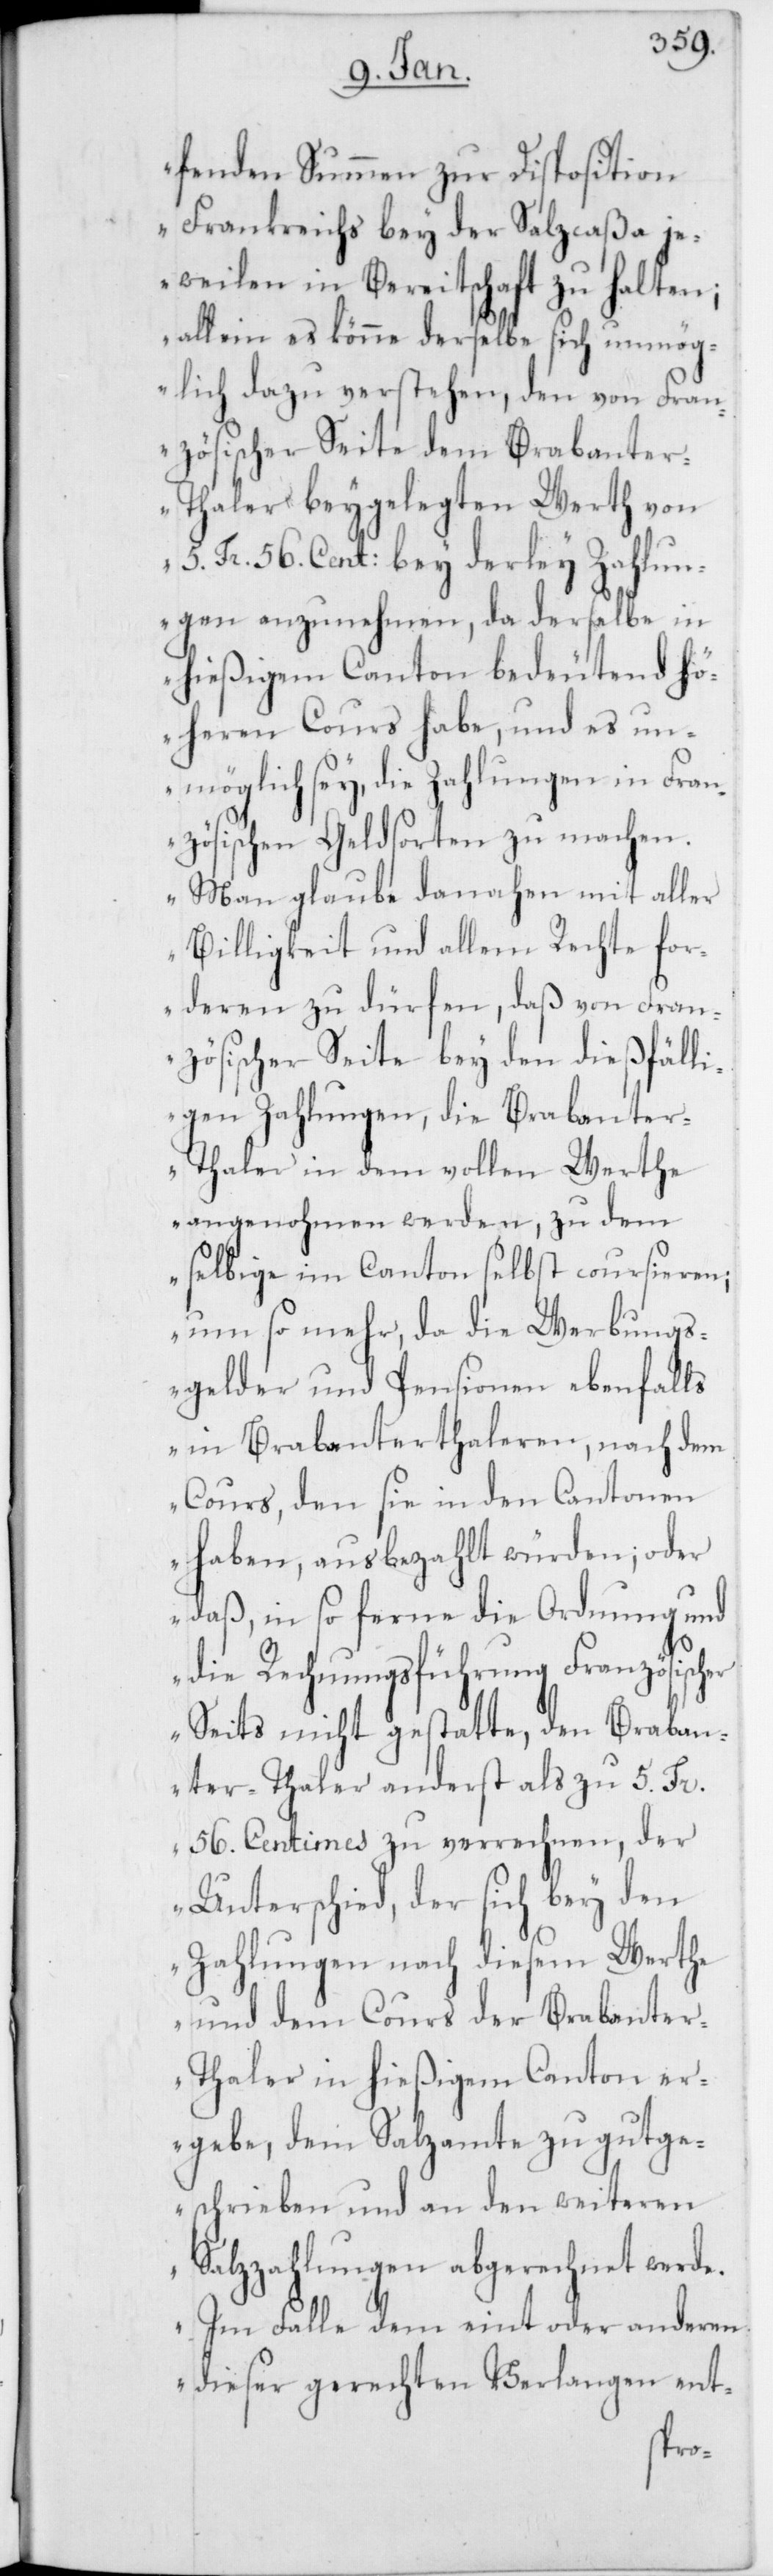
fenden Summen zur Disposition
Frankreichs bey der Salzcaßa je¬
weilen in Bereitschaft zu halten;
allein es könne derselbe sich unmög¬
lich dazu verstehen, den von Fran¬
zösischer Seite dem Brabante¬
r-Thaler beygelegten Wert von
5. Fr. 56. Cent: bey derley Zahlun¬
gen anzunehmen, da derselbe in
hießigem Canton bedeutend hö¬
heren Cours habe, und es un¬
möglich sey, die Zahlungen in Fran¬
zösischen Geldsorten zu machen.
Man glaube danahen mit aller
Billigkeit und allem Rechte for¬
deren zu dürfen, daß von Fran¬
zösischer Seite bey den dießfälli¬
gen Zahlungen, die Brabante¬
r-Thaler in dem vollen Werthe
angenohmen werden, zu dem
selbige im Canton selbst coursieren;
um so mehr, da die Werbungs¬
gelder und Pensionen ebenfalls
in Brabanterthaleren, nach dem
Cours, den sie in den Cantonen
haben, ausbezahlt würden; oder
daß, in so ferne die Ordnung und
die Rechnungsführung Französischer
Seits nicht gestatte, den Braban¬
ter-Thaler anderst als zu 5. Fr.
56. Centimes zu verrechnen, der
Unterschied, der sich bey den
Zahlungen nach diesem Werthe
und dem Cours der Brabante¬
r-Thaler in hießigem Canton er¬
gebe, dem Salzamte zugutge¬
schrieben und an den weiteren
Salzzahlungen abgerechnet werde.
Im Falle dem eint oder anderen
dieser gerechten Verlangen ent-